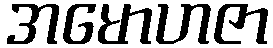
အမောဟဇာ